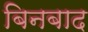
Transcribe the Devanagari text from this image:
बिनबाद